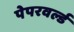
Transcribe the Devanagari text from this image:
पेपरवर्ल्ड